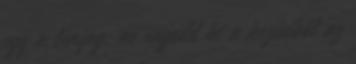
egy a lényeg: ne engedd ki a kezedből az